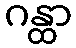
ဂန္ထာ